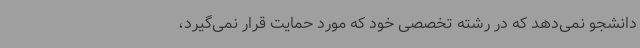
دانشجو نمی‌دهد که در رشته تخصصی خود که مورد حمایت قرار نمی‌گیرد،